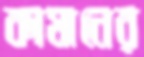
কামানের